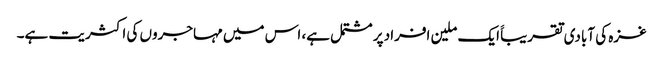
غزہ کی آبادی تقریباََ ایک ملین افراد پر مشتمل ہے، اس میں مہاجروں کی اکثریت ہے۔